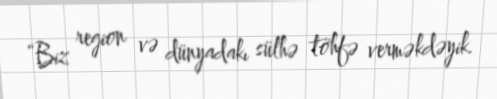
“Biz region və dünyadakı sülhə töhfə verməkdəyik.